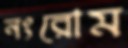
নংরোম